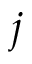
j